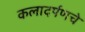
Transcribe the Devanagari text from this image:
कलादर्पणचे